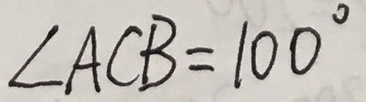
\angle A C B = 1 0 0 ^ { \circ }